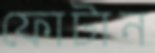
ফোটান